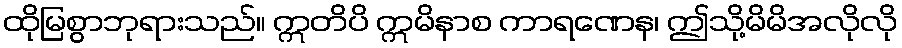
ထိုမြစွာဘုရားသည်။ ဣတိပိ ဣမိနာစ ကာရဏေန၊ ဤသို့မိမိအလိုလို